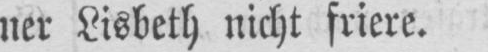
ner Lisbeth nicht friere.